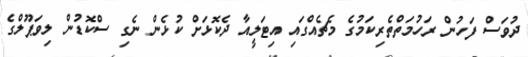
ދުވަސް ފަހުން ރަހުމަތްތެރިކަމުގެ މެޗެއްގައި އިޓަލީއާ ދެކޮޅަށް ކުޅެން ނެގި ސްކޮޑުން ލިވަޕޫލްގެ